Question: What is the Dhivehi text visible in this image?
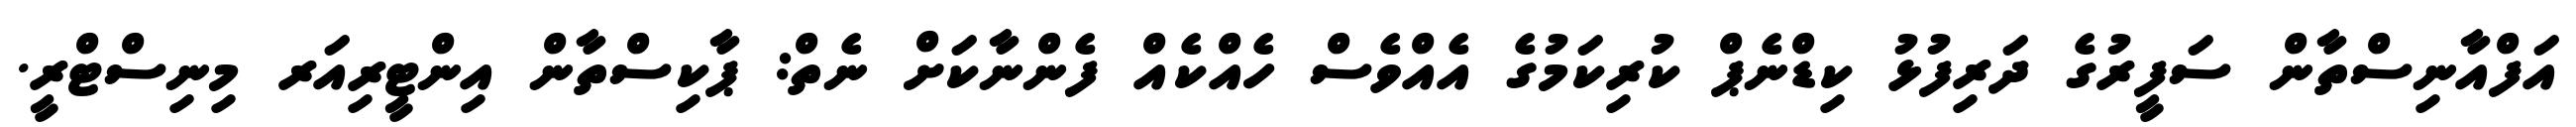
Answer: އަފްއާނިސްތާން ސަފީރުގެ ދަރިފުޅު ކިޑްނެޕް ކުރިކަމުގެ އެއްވެސް ހެއްކެއް ފެންނާކަށް ނެތް: ޕާކިސްތާން އިންޓީރިއަރ މިނިސްޓްރީ.